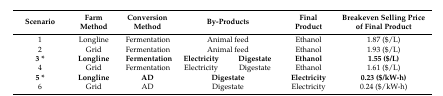
<table><thead><tr><td><b>Scenario</b></td><td><b>Farm Method</b></td><td><b>Conversion Method</b></td><td colspan="2"><b>By-Products</b></td><td><b>Final Product</b></td><td><b>Breakeven Selling Price of Final Product</b></td></tr></thead><tbody><tr><td>1</td><td>Longline</td><td>Fermentation</td><td colspan="2">Animal feed</td><td>Ethanol</td><td>1.87 ($/L)</td></tr><tr><td>2</td><td>Grid</td><td>Fermentation</td><td colspan="2">Animal feed</td><td>Ethanol</td><td>1.93 ($/L)</td></tr><tr><td><b>3 *</b></td><td><b>Longline</b></td><td><b>Fermentation</b></td><td><b>Electricity</b></td><td><b>Digestate</b></td><td><b>Ethanol</b></td><td><b>1.55 ($/L)</b></td></tr><tr><td>4</td><td>Grid</td><td>Fermentation</td><td>Electricity</td><td>Digestate</td><td>Ethanol</td><td>1.61 ($/L)</td></tr><tr><td><b>5 *</b></td><td><b>Longline</b></td><td><b>AD</b></td><td colspan="2"><b>Digestate</b></td><td><b>Electricity</b></td><td><b>0.23 ($/kW-h)</b></td></tr><tr><td>6</td><td>Grid</td><td>AD</td><td colspan="2">Digestate</td><td>Electricity</td><td>0.24 ($/kW-h)</td></tr></tbody></table>